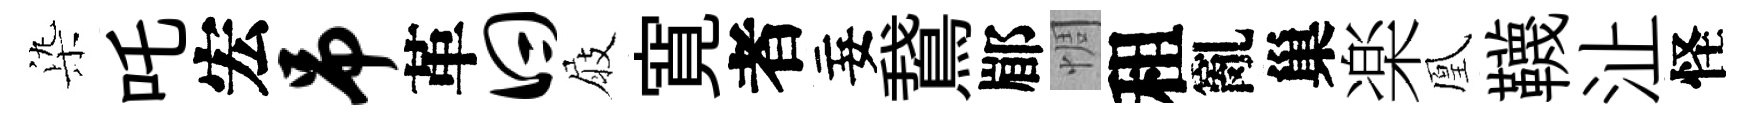
𣑱吒宏吊革曰屐寛者妄鵞郿惆租亂巢楽凰韈沚怪